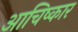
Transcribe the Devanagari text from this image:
आचिष्कार